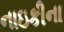
નાઇકીના